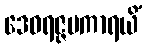
ဒေဝရဇ္ဇမကာရယိံ